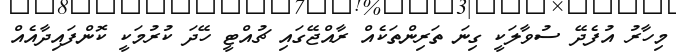
މިހާރު އުފެދޭ ސުވާލަކީ ގިނަ ތަރިންތަކެއް ރާއްޖޭގައި ޗުއްޓީ ހޭދަ ކުރުމަކީ ކޮންފައިދާއެއް